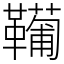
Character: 𩍘